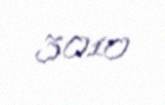
3010